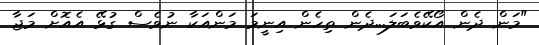
"މަން ދެން އޯކޭވެބަލަ...ދެން ތިހެން އިނީމަ މަންއަކާ ނުވެސް ގުޅޭ އެއޮށް މަޖާ